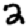
Digit: 2